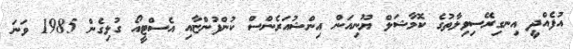
އުފެއްދީ އިނގިރޭސިވިލާތުގެ ކޮމާޝަލް ޔޫނިއަން އިންޝުއަރެންސް ކުންފުންޏާއި އެސްޓީއޯ ގުޅިގެން 1985 ވަނަ